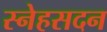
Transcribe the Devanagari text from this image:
स्नेहसदन